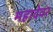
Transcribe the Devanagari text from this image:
महादेवर